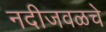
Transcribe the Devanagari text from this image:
नदीजवळचे